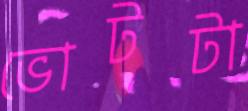
ভোটটা